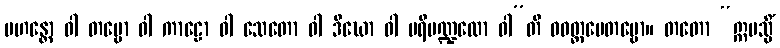
မဟန္တော ဝါ တမ္ဗော ဝါ ကာဠော ဝါ သေတော ဝါ ဒီဃော ဝါ ပရိမဏ္ဍလော ဝါ”တိ ဝဝတ္ထပေတဗ္ဗော။ တတော “ဣမသ္မိံ